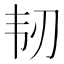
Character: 韧